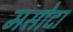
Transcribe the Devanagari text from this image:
मसोदा